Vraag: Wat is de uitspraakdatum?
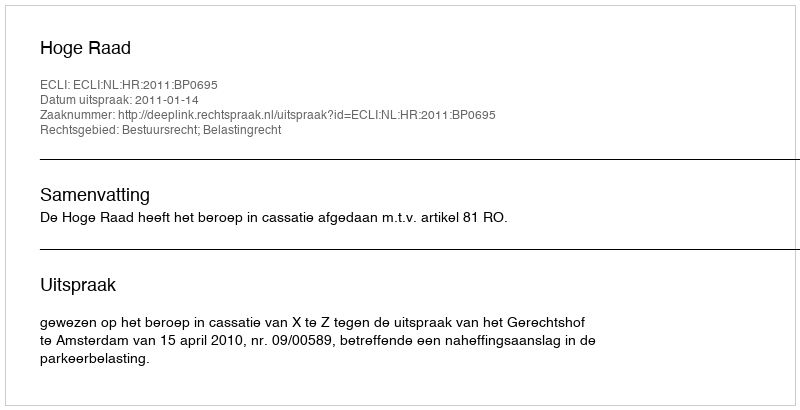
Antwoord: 2011-01-14